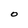
Character: O